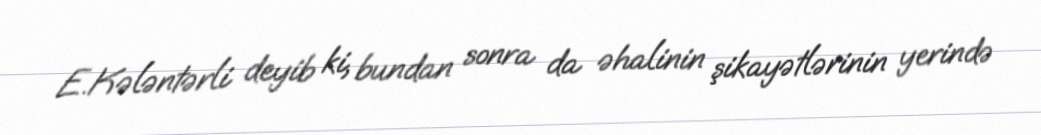
E.Kələntərli deyib ki, bundan sonra da əhalinin şikayətlərinin yerində